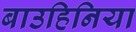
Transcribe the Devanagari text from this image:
बाउहिनिया